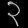
Digit: ၃